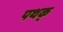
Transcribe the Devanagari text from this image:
पथक्